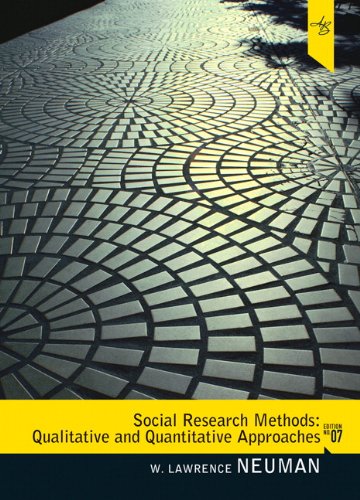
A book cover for Social Research Methods: Qualitative and Quantitative Approaches (7th Edition); W. Lawrence Neuman; Self-Help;